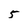
Character: 5